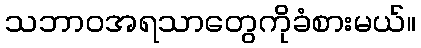
သဘာဝအရသာတွေကိုခံစားမယ်။